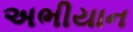
અભીયાન